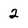
Character: 2